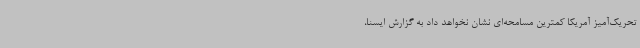
تحریک‌آمیز آمریکا کمترین مسامحه‌ای نشان نخواهد داد به گزارش ایسنا،